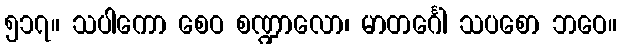
၅၁၇။ သပါကော စေဝ စဏ္ဍာလော၊ မာတင်္ဂေါ သပစော ဘဝေ။